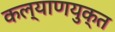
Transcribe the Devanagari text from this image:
कल्याणयुक्त